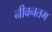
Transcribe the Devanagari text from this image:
नीवनतम